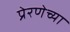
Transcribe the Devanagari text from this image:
प्रेरणेच्या